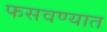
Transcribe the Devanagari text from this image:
फसवण्यात